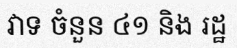
វាទ ចំនួន ៤១ និង រដ្ឋ